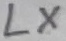
Text: LX